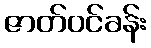
ဇာတ်ဝင်ခန်း